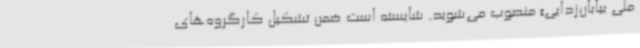
ملی بیابان‌زدایی» منصوب می‌شوید. شایسته است ضمن تشکیل کارگروه‌های